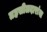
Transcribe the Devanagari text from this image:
तहसीलदारांना